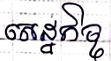
សេដ្ឋកិច្ច